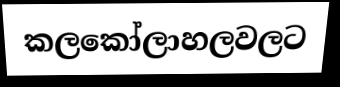
කලකෝලාහලවලට